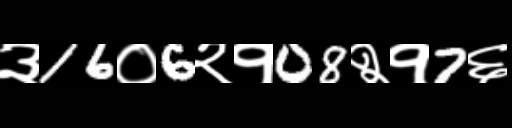
Text: ३16०6२१08२१7६